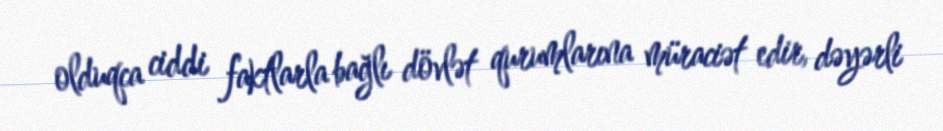
olduqca ciddi faktlarla bağlı dövlət qurumlarına müraciət edir, dəyərli